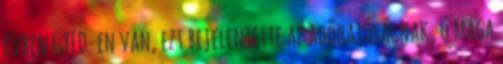
évben GYED-en van, ezt bejelentette az adóhatóságnak, ő maga